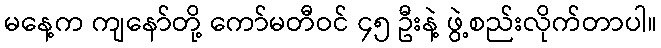
မနေ့က ကျနော်တို့ ကော်မတီဝင် ၄၅ ဦးနဲ့ ဖွဲ့စည်းလိုက်တာပါ။